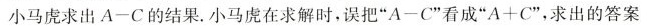
小马虎求出A-C的结果。小马虎在求解时，误把”A-C”看成”A+C”，求出的答案